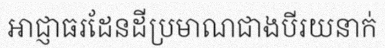
អាជ្ញាធរដែនដីប្រមាណជាងបីរយនាក់